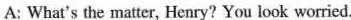
A: What's the matter, Henry?You look worried.